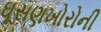
ઘૂસણખોરોની